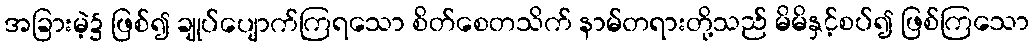
အခြားမဲ့၌ ဖြစ်၍ ချုပ်ပျောက်ကြရသော စိတ်စေတသိက် နာမ်တရားတို့သည် မိမိနှင့်စပ်၍ ဖြစ်ကြသော